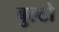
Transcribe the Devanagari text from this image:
बुल्टो